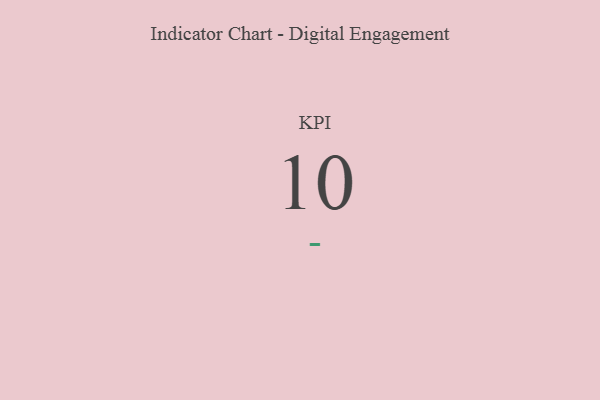
{"axis": {"x": "KPI", "y": "Value"}, "legend": [""], "data": [{"x": "KPI", "y": 10, "type": ""}]}